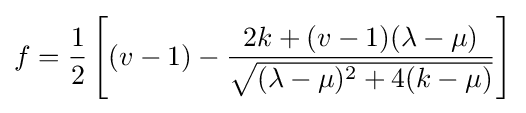
f={\frac {1}{2}}\left[(v-1)-{\frac {2k+(v-1)(\lambda -\mu )}{\sqrt {(\lambda -\mu )^{2}+4(k-\mu )}}}\right]